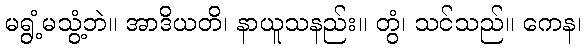
မရွံ့မသွံ့ဘဲ။ အာဒိယတိ၊ နာယူသနည်း။ တွံ၊ သင်သည်။ ကေန၊